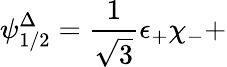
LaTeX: {\mathbf\psi}_{1/2}^{\Delta}=\frac 1{\sqrt{3}}{\mathbf\epsilon}_{+}\chi_{-}+